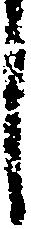
し